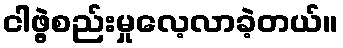
ငါဖွဲ့စည်းမှုလေ့လာခဲ့တယ်။